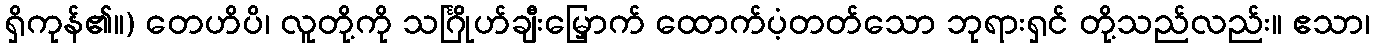
ရှိကုန်၏။) တေဟိပိ၊ လူတို့ကို သင်္ဂြိုဟ်ချီးမြှောက် ထောက်ပံ့တတ်သော ဘုရားရှင် တို့သည်လည်း။ ဧသာ၊